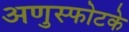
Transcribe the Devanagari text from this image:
अणुस्फोटके